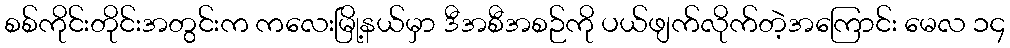
စစ်ကိုင်းတိုင်းအတွင်းက ကလေးမြို့နယ်မှာ ဒီအစီအစဉ်ကို ပယ်ဖျက်လိုက်တဲ့အကြောင်း မေလ ၁၄